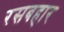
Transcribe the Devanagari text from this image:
रसबहार